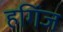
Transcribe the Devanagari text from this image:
हगिंज